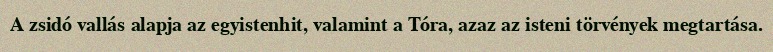
A zsidó vallás alapja az egyistenhit, valamint a Tóra, azaz az isteni törvények megtartása.